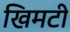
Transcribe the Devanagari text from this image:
खिमटी